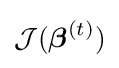
{\mathcal {J}}({\boldsymbol {\beta }}^{(t)})